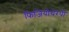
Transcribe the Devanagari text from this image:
फिजियोथेरपी